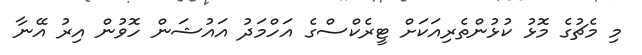
މި މެޗުގެ މޮޅު ކުޅުންތެރިއަކަށް ޓީރެކްސްގެ އަހްމަދު އައުޝަން ހޮވުން އިރު އޭނާ